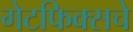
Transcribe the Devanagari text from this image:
गेटफिक्सचे